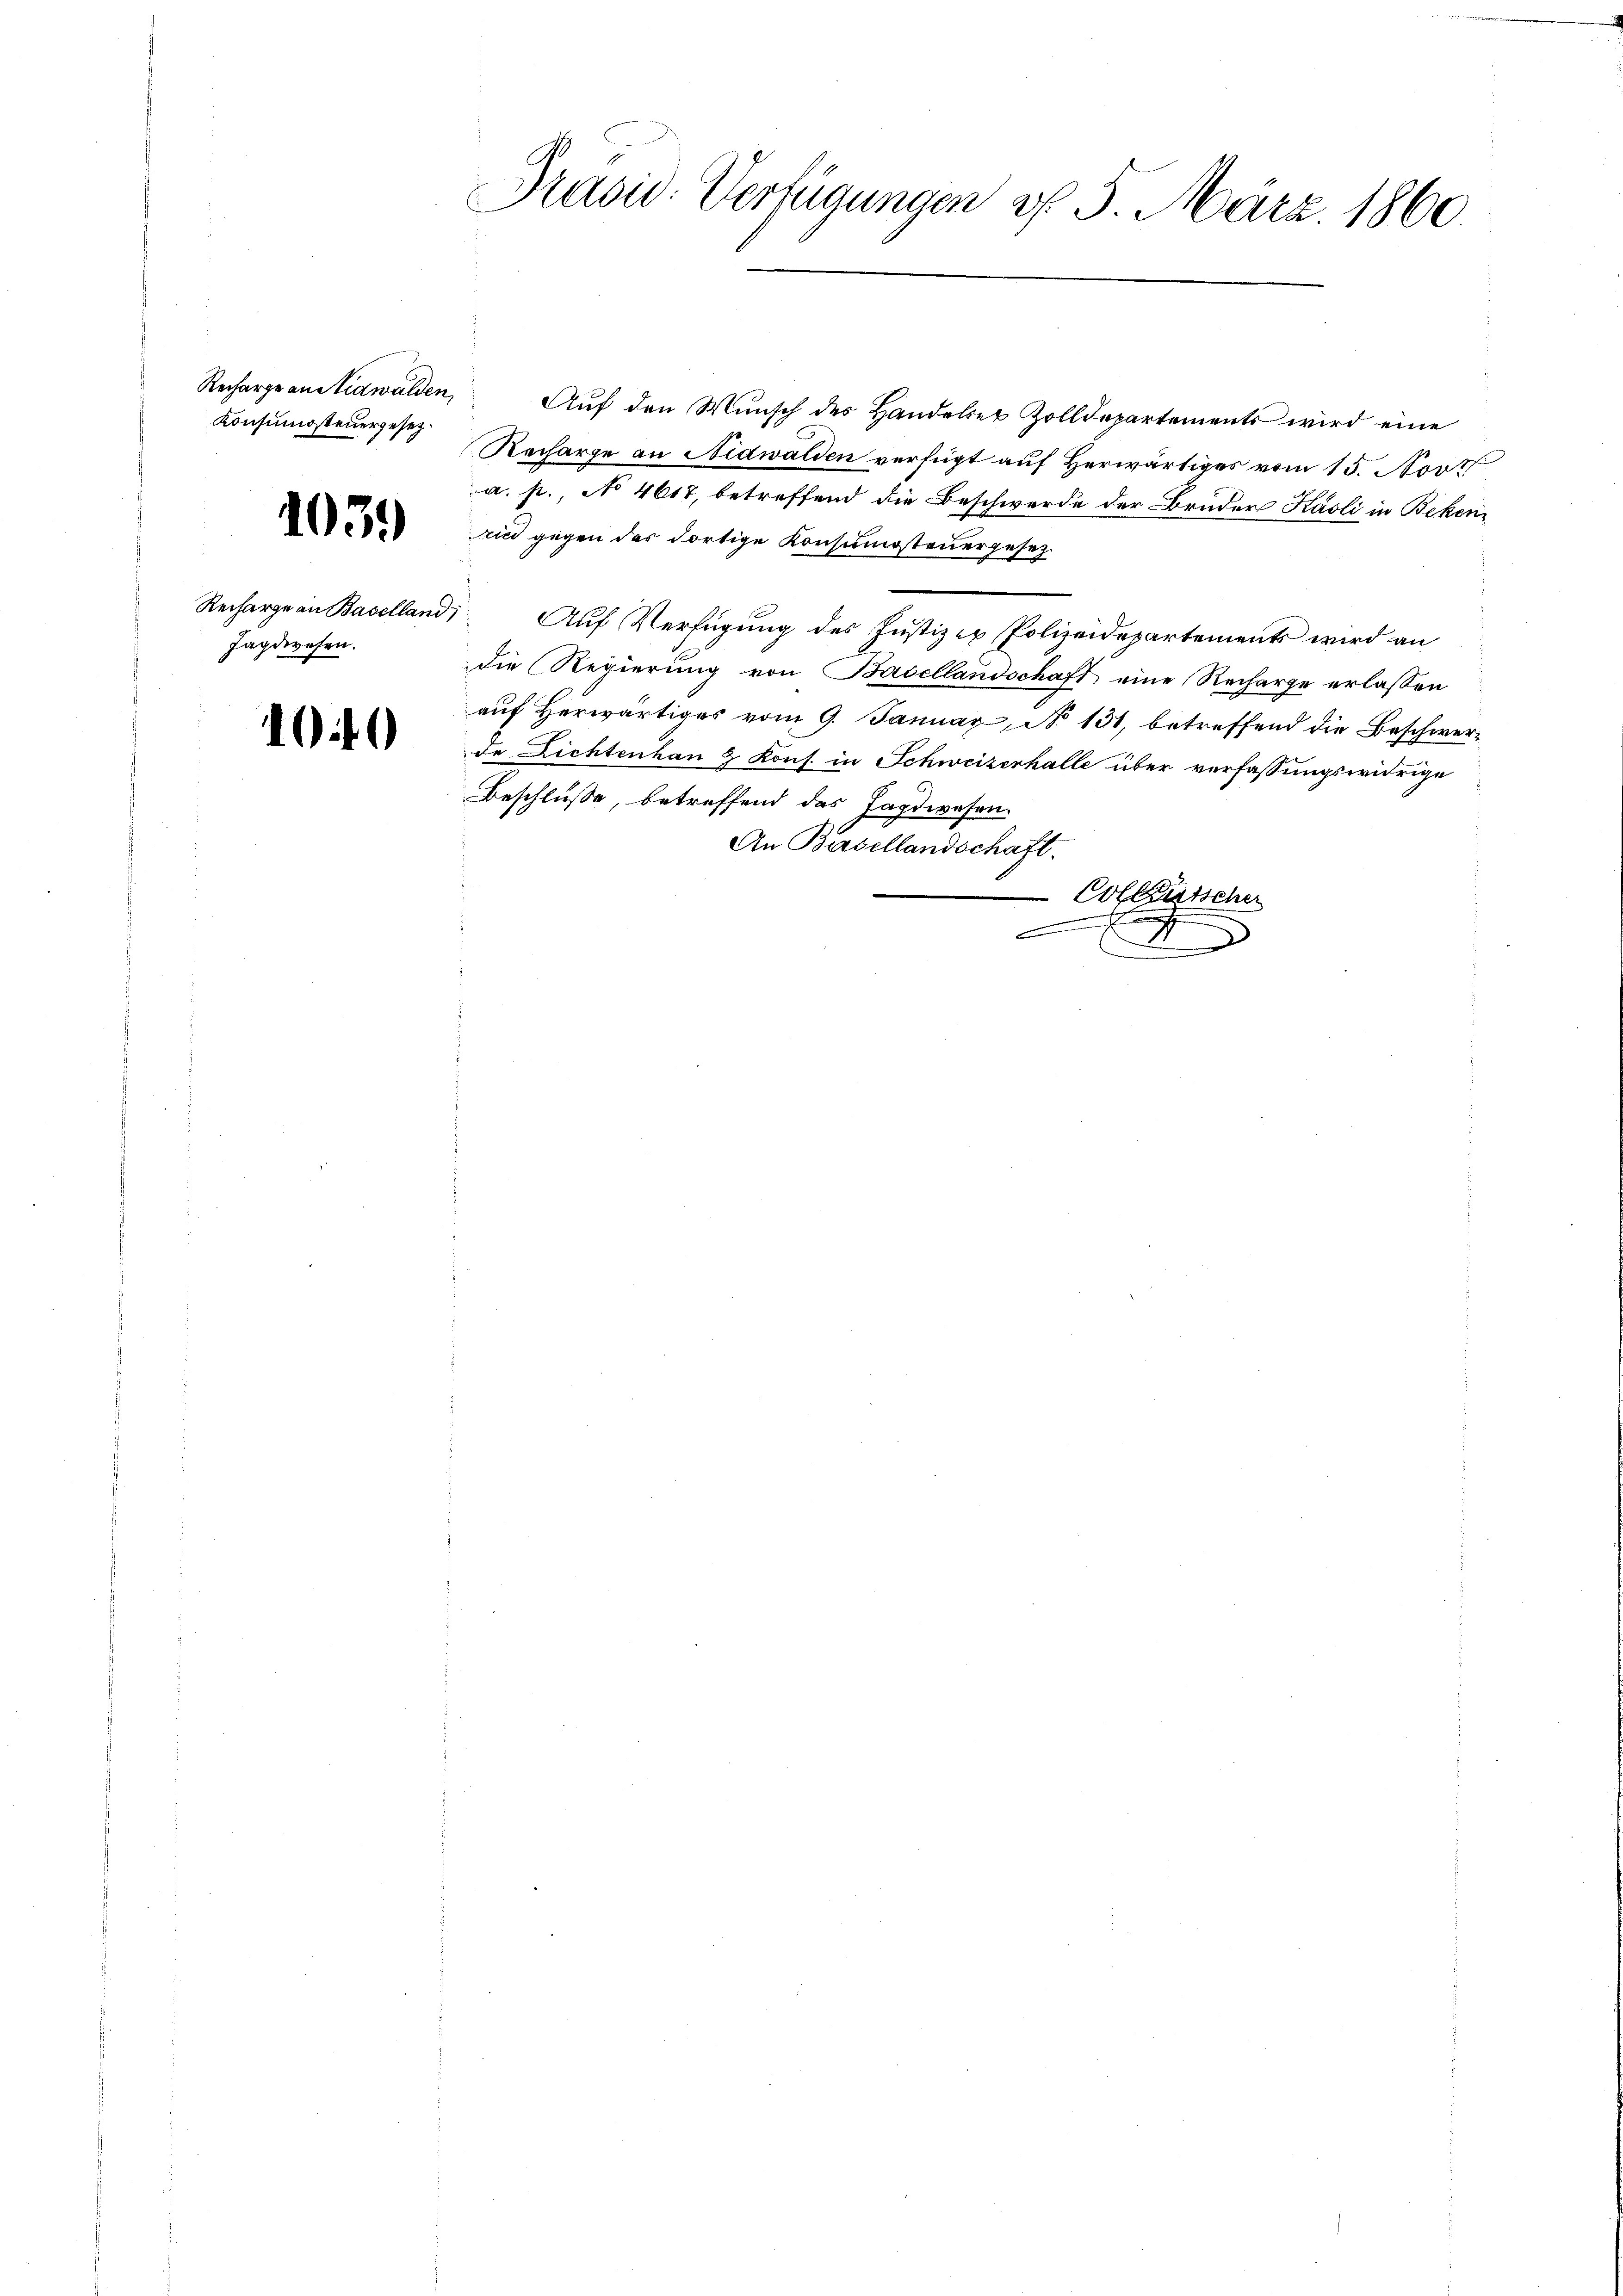
Konsumsteuergesez¬

1039

Recharge an Baselland;
Jagdwesen.

100

Präsid. Verfügungen v. 5. März 1860.

Recharge an Strawalden Aŭf den Wŭnsch des Handelser Zolldepartements wird eine
Recharge an Nidwalden verfügt auf Herwärtiges vom 15. Nov
a. p., No 4617, betreffend die Beschwerde der Bruder Käsli in Beken
nn gegen des dortige Konsumsteuergesez¬
Auf Verfügung des Justizen Polizeidepartements wird an
die Regierung von Basellandschaft eine Recharge erlassen
auf Herwärtiges vom 9. Januar, No 131, betreffend die Beschwerde Lichtenhau & Kons. in Schweizerhalle über verfassungswidrige
Beschlüße, betreffend das Jagdwesen.
An Basellandschaft.
 Collausscher
x
t